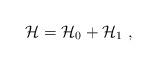
LaTeX: \begin{align*}\mathcal{H}=\mathcal{H}_0+\mathcal{H}_1\ ,\end{align*}